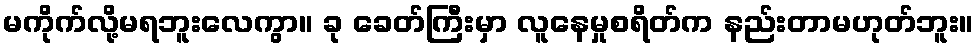
မကိုက်လို့မရဘူးလေကွာ။ ခု ခေတ်ကြီးမှာ လူနေမှုစရိတ်က နည်းတာမဟုတ်ဘူး။